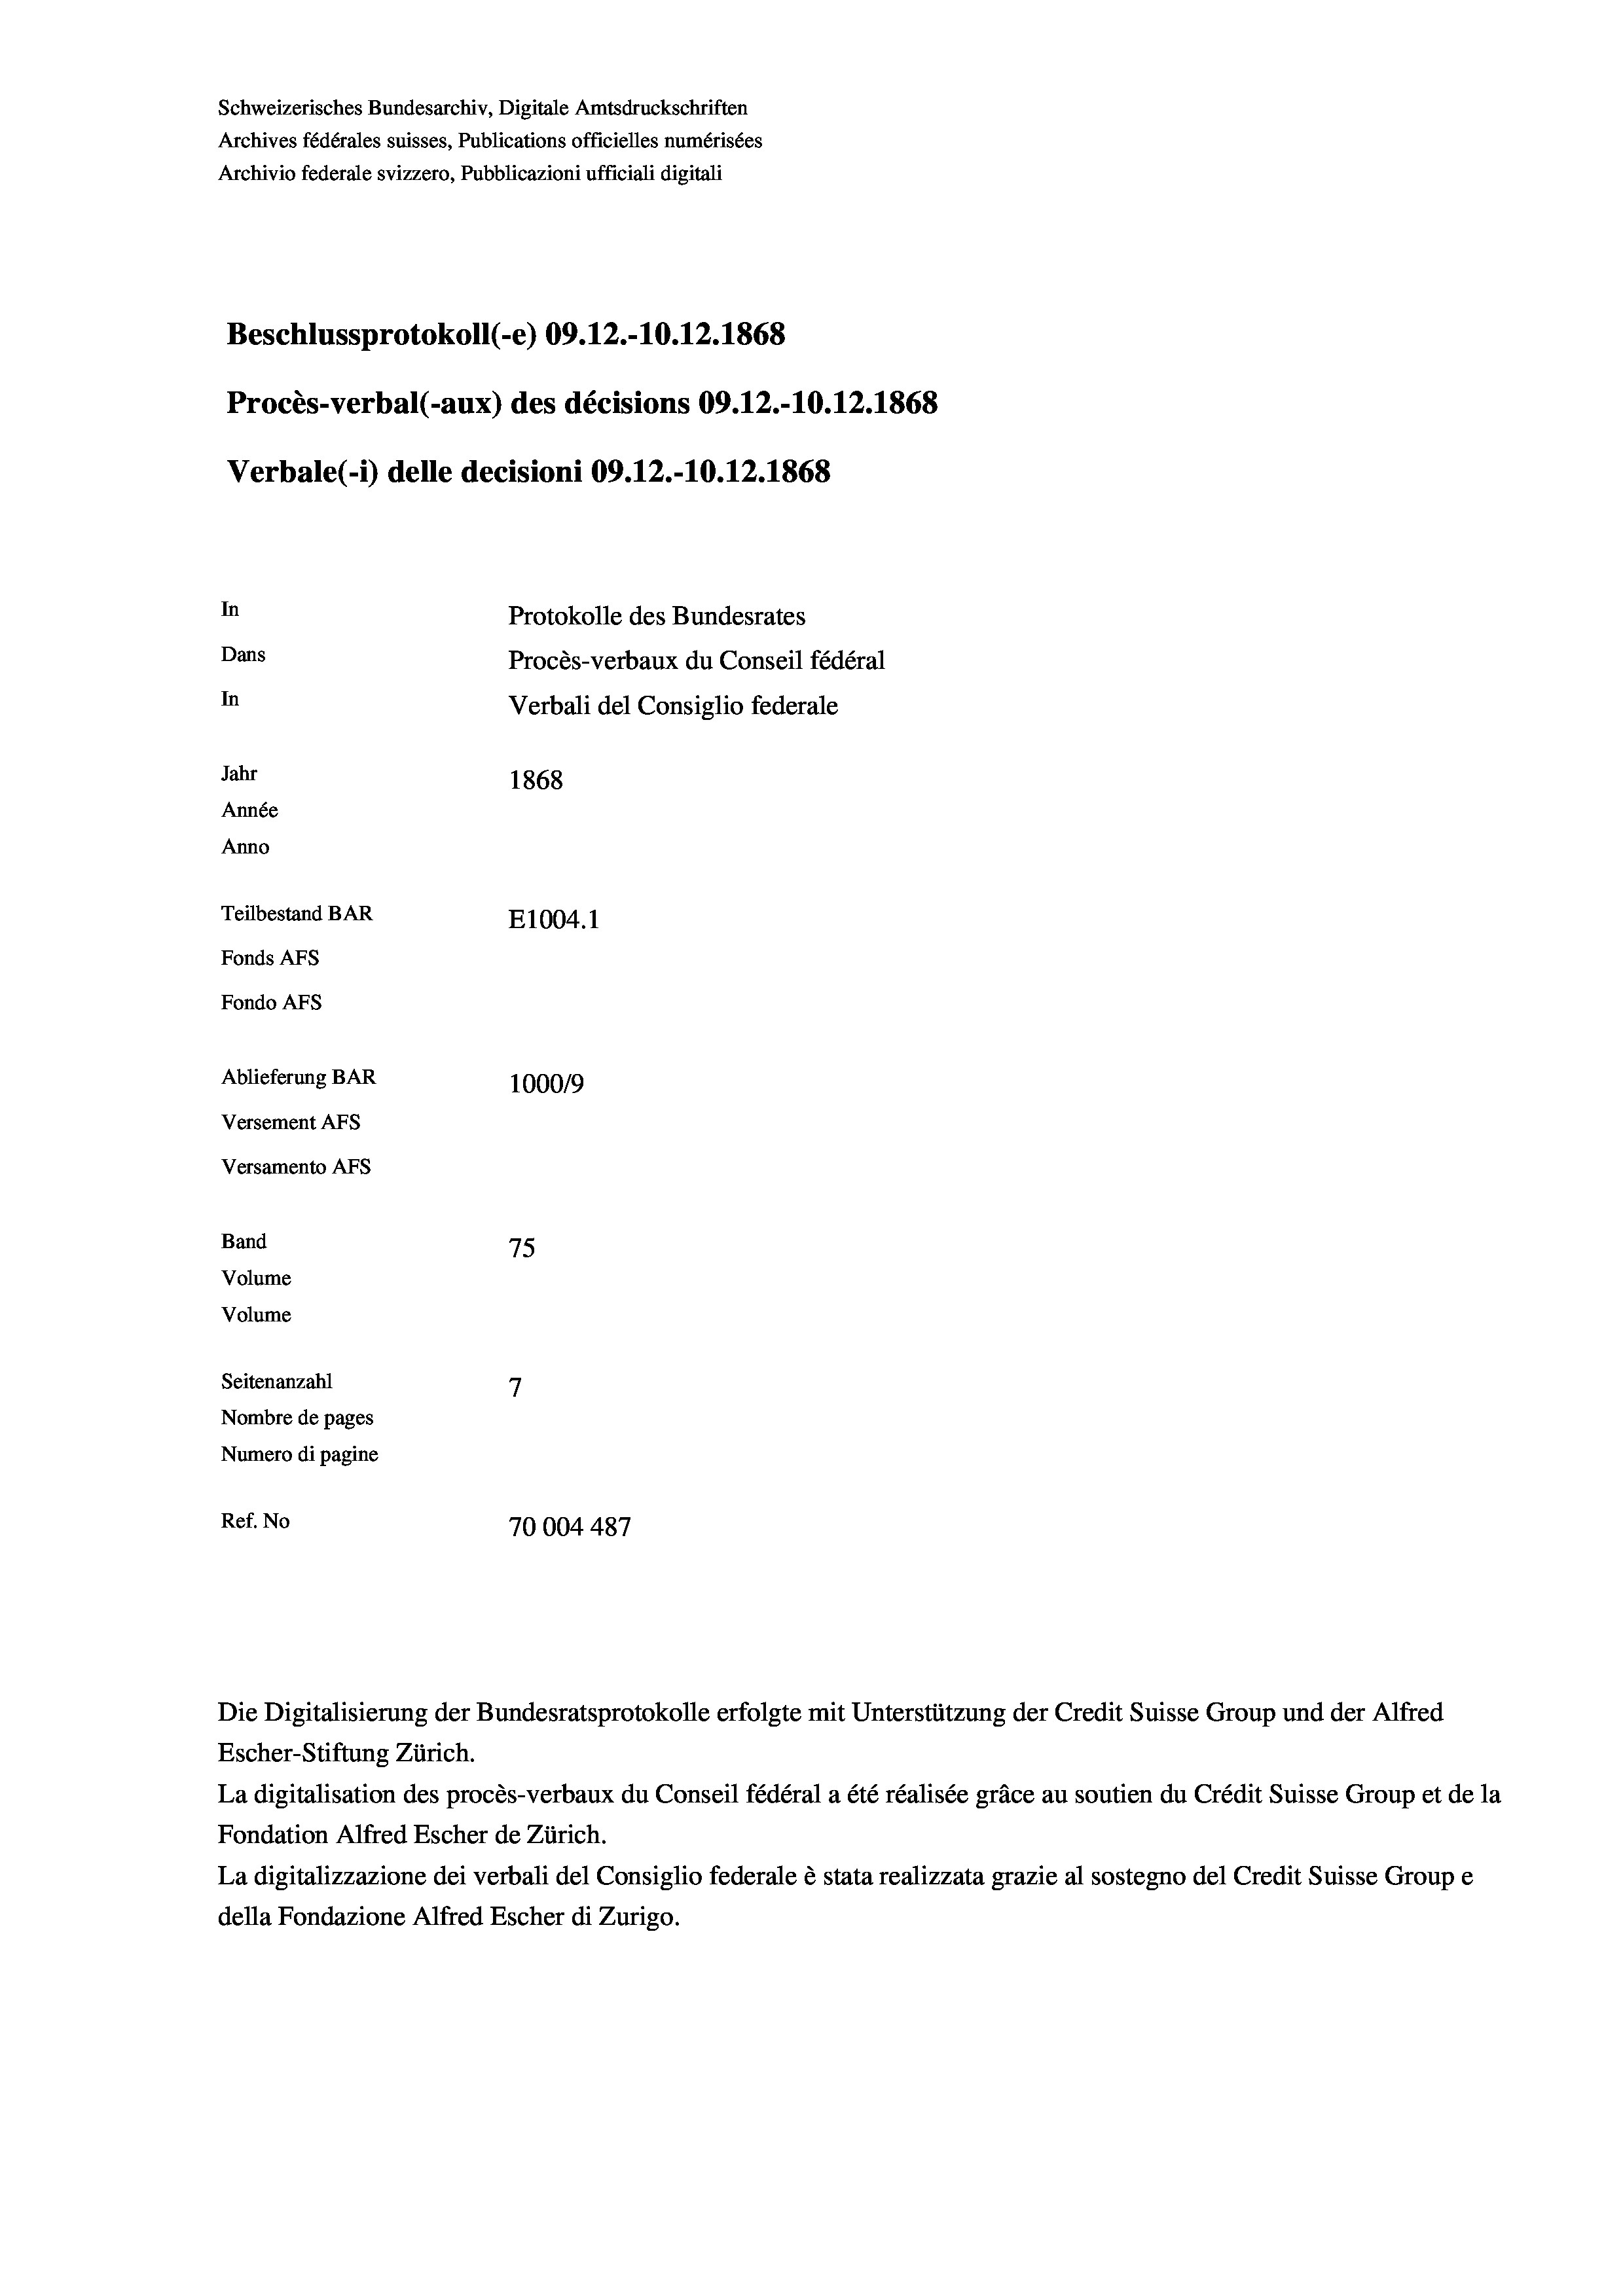
Schweizerisches Bundesarchiv, Digitale Amtsdruckschriften
Archives fédérales suisses, Publications officielles numérisées
Archivio federale svizzero, Pubblicazioni ufficiali digitali
Beschlussprotokoll (-e) 09.12.-10.12.1868
Procès-verbal (-aux) des décisions 09.12.-10.12.1868
Verbale(-*) delle decisioni 09.12.-10.12.1868
In
Protokolle des Bundesrates
Dans
Procès-verbaux du Conseil fédéral
In
Verbali del Consiglio federale
Jahr
1868
Année
Anno
Teilbestand BAR
E1004. 1
Fonds AFs
Fondo AFS
Ablieferung BAR
100019
Versement AFs
Versamento AFs

75
7
Seitenanzahl
Nombre de pages
Numero di pagine
Ref. No
70004 487

Band

Volume
Volume

Die Digitalisierung der Bundesratsprotokolle erfolgte mit Unterstützung der Credit Suisse Group und der Alfred
Escher-Stiftung Zürich.
La digitalisation des procès-verbaux du Conseil fédéral a été réalisée gräce au soutien du Crédit Suisse Group et de la
Fondation Alfred Escher de Zürich.
La digitalizzazione dei verbali del Consiglio federale è stata realizzata grazie al sostegno del Credit Suisse Groupe
della Fondazione Alfred Escher di Zurigo.